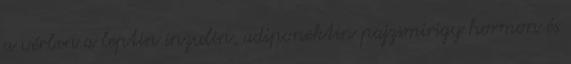
a vérben a leptin inzulin, adiponektin pajzsmirigy hormon és